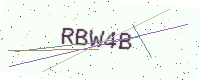
Text: RBW4B